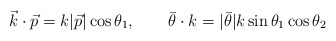
\begin{align*}\vec{k}\cdot\vec{p} = k|\vec{p}|\cos\theta_{1},\qquad\bar{\theta}\cdot k = |\bar{\theta}|k\sin\theta_{1}\cos\theta_{2}\end{align*}